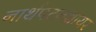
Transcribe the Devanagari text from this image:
नार्थपटनशायर